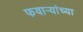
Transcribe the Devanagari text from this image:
फवार्‍यांच्या